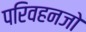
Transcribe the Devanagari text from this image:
परिवहनजो